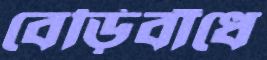
বেড়িবাঁধে